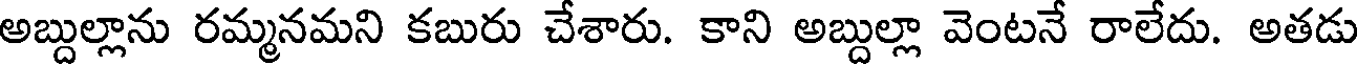
అబ్దుల్లాను రమ్మనమని కబురు చేశారు. కాని అబ్దుల్లా వెంటనే రాలేదు. అతడు